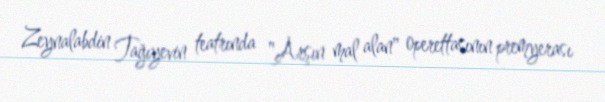
Zeynalabdin Tağıyevin teatrında "Arşın mal alan" operettasının premyerası